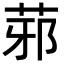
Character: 䓉